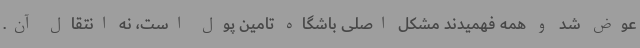
عوض شد و همه فهمیدند مشکل اصلی باشگاه تامین پول است، نه انتقال آن.